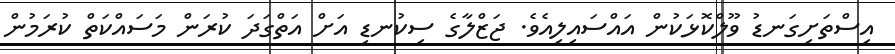
އިސްތަށިގަނޑު ވޫލްކޮޅަކުން އައްސައިލިއެވެ. ޖަޒްލާގެ ސިކުނޑި އަށް އަތްގަދަ ކުރަން މަސައްކަތް ކުރަމުން